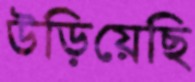
উড়িয়েছি